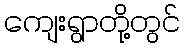
ကျေးရွာတို့တွင်